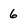
Character: 6